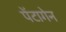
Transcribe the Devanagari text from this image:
पेंटागेन